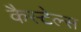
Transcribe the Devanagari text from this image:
कैस्टेल्स